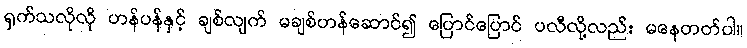
ရှက်သလိုလို ဟန်ပန်နှင့် ချစ်လျက် မချစ်ဟန်ဆောင်၍ ပြောင်ပြောင် ပလီလို့လည်း မနေတတ်ပါ။